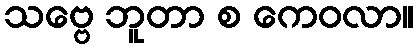
သဗ္ဗေ ဘူတာ စ ကေဝလာ။